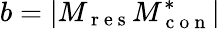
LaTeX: b=|M_{\mathrm{~r~e~s~}}M_{\mathrm{~c~o~n~}}^{*}|